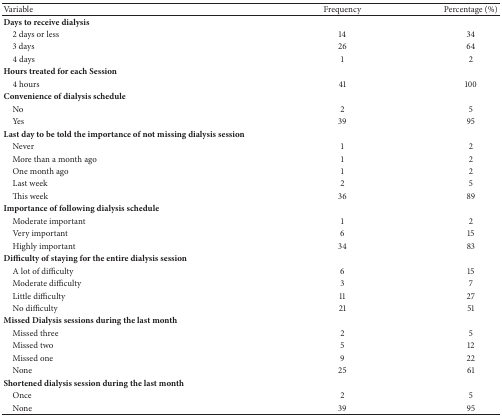
<table><thead><tr><td><b>Variable</b></td><td><b>Frequency</b></td><td><b>Percentage (%)</b></td></tr></thead><tbody><tr><td><b>Days to receive dialysis</b></td><td> </td><td> </td></tr><tr><td> 2 days or less</td><td>14</td><td>34</td></tr><tr><td> 3 days</td><td>26</td><td>64</td></tr><tr><td> 4 days</td><td>1</td><td>2</td></tr><tr><td><b>Hours treated for each Session</b></td><td> </td><td> </td></tr><tr><td> 4 hours</td><td>41</td><td>100</td></tr><tr><td><b>Convenience of dialysis schedule</b></td><td> </td><td> </td></tr><tr><td> No</td><td>2</td><td>5</td></tr><tr><td> Yes</td><td>39</td><td>95</td></tr><tr><td><b>Last day to be told the importance of not missing dialysis session</b></td><td> </td><td> </td></tr><tr><td> Never</td><td>1</td><td>2</td></tr><tr><td> More than a month ago</td><td>1</td><td>2</td></tr><tr><td> One month ago</td><td>1</td><td>2</td></tr><tr><td> Last week</td><td>2</td><td>5</td></tr><tr><td> This week</td><td>36</td><td>89</td></tr><tr><td><b>Importance of following dialysis schedule</b></td><td> </td><td> </td></tr><tr><td> Moderate important</td><td>1</td><td>2</td></tr><tr><td> Very important</td><td>6</td><td>15</td></tr><tr><td> Highly important</td><td>34</td><td>83</td></tr><tr><td><b>Difficulty of staying for the entire dialysis session</b></td><td> </td><td> </td></tr><tr><td> A lot of difficulty</td><td>6</td><td>15</td></tr><tr><td> Moderate difficulty</td><td>3</td><td>7</td></tr><tr><td> Little difficulty</td><td>11</td><td>27</td></tr><tr><td> No difficulty</td><td>21</td><td>51</td></tr><tr><td><b>Missed Dialysis sessions during the last month</b></td><td> </td><td> </td></tr><tr><td> Missed three</td><td>2</td><td>5</td></tr><tr><td> Missed two</td><td>5</td><td>12</td></tr><tr><td> Missed one</td><td>9</td><td>22</td></tr><tr><td> None</td><td>25</td><td>61</td></tr><tr><td><b>Shortened dialysis session during the last month</b></td><td> </td><td> </td></tr><tr><td> Once</td><td>2</td><td>5</td></tr><tr><td> None</td><td>39</td><td>95</td></tr></tbody></table>